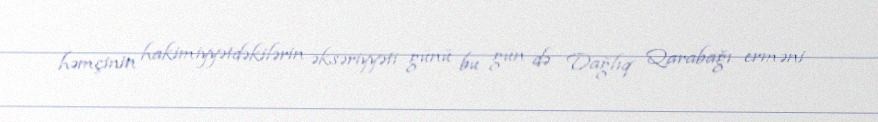
həmçinin hakimiyyətdəkilərin əksəriyyəti günü bu gün də Dağlıq Qarabağı erməni